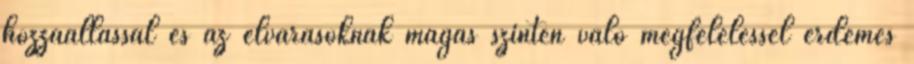
hozzáállással és az elvárásoknak magas szinten való megfeleléssel érdemes